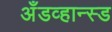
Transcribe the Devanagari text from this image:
अँडव्हान्स्ड